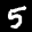
Label: 5